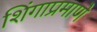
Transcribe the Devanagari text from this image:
शिंगाप्रमाणे